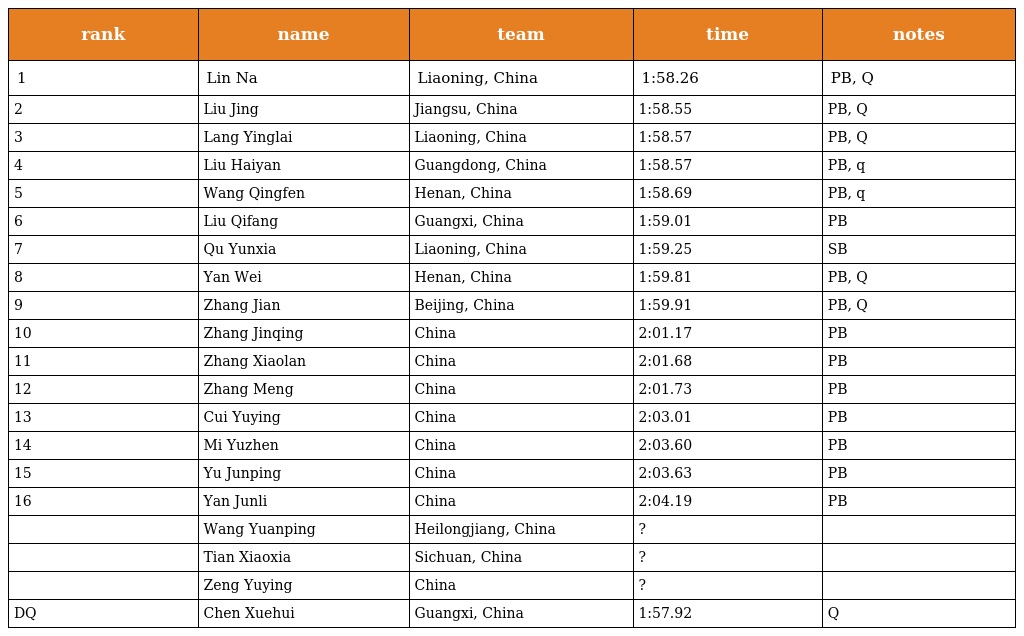
| rank | name | team | time | notes |
 | --- | --- | --- | --- | --- |
 | 1 | Lin Na | Liaoning, China | 1:58.26 | PB, Q |
 | 2 | Liu Jing | Jiangsu, China | 1:58.55 | PB, Q |
 | 3 | Lang Yinglai | Liaoning, China | 1:58.57 | PB, Q |
 | 4 | Liu Haiyan | Guangdong, China | 1:58.57 | PB, q |
 | 5 | Wang Qingfen | Henan, China | 1:58.69 | PB, q |
 | 6 | Liu Qifang | Guangxi, China | 1:59.01 | PB |
 | 7 | Qu Yunxia | Liaoning, China | 1:59.25 | SB |
 | 8 | Yan Wei | Henan, China | 1:59.81 | PB, Q |
 | 9 | Zhang Jian | Beijing, China | 1:59.91 | PB, Q |
 | 10 | Zhang Jinqing | China | 2:01.17 | PB |
 | 11 | Zhang Xiaolan | China | 2:01.68 | PB |
 | 12 | Zhang Meng | China | 2:01.73 | PB |
 | 13 | Cui Yuying | China | 2:03.01 | PB |
 | 14 | Mi Yuzhen | China | 2:03.60 | PB |
 | 15 | Yu Junping | China | 2:03.63 | PB |
 | 16 | Yan Junli | China | 2:04.19 | PB |
 |  | Wang Yuanping | Heilongjiang, China | ? |  |
 |  | Tian Xiaoxia | Sichuan, China | ? |  |
 |  | Zeng Yuying | China | ? |  |
 | DQ | Chen Xuehui | Guangxi, China | 1:57.92 | Q |